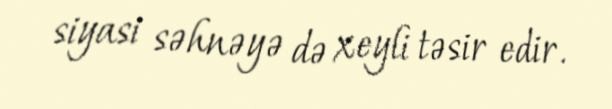
siyasi səhnəyə də xeyli təsir edir.